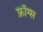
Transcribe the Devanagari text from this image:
फ्रॉग्स